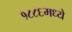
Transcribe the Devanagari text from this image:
१८८६मध्ये